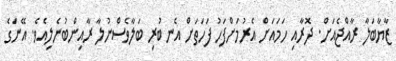
ޒާޔާބަލާ ރާއްޖެއަށް. ދޮރާއި ހަމައަށް އެރުމަށްފަހު ފަހަތަށް އެނބުރި ބަލާވެސްނުލާ ރާއިންބުނެލިއެވެ. އޭނަގެ